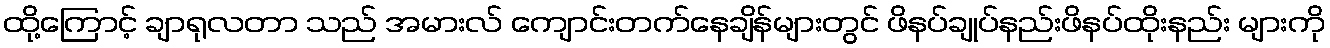
ထို့ကြောင့် ချာရုလတာ သည် အမားလ် ကျောင်းတက်နေချိန်များတွင် ဖိနပ်ချုပ်နည်းဖိနပ်ထိုးနည်း များကို